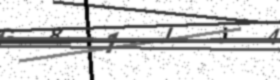
Text: G81JJ4